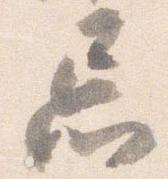
忘